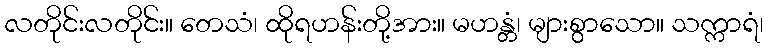
လတိုင်းလတိုင်း။ တေသံ၊ ထိုရဟန်းတို့အား။ မဟန္တံ၊ များစွာသော။ သက္ကာရံ၊